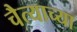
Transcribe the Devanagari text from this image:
चैत्याच्या